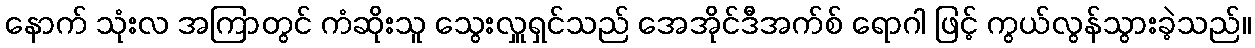
နောက် သုံးလ အကြာတွင် ကံဆိုးသူ သွေးလှူရှင်သည် အေအိုင်ဒီအက်စ် ရောဂါ ဖြင့် ကွယ်လွန်သွားခဲ့သည်။